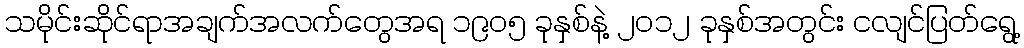
သမိုင်းဆိုင်ရာအချက်အလက်တွေအရ ၁၉၀၅ ခုနှစ်နဲ့ ၂၀၁၂ ခုနှစ်အတွင်း ငလျင်ပြတ်ရွေ့